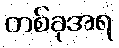
တစ်ခုအရ